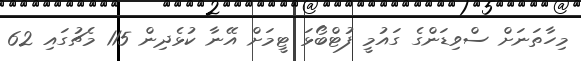
މިހާތަނަށް ސްވިޑަންގެ ގައުމީ ފުޓްބޯޅަ ޓީމަށް އޭނާ ކުޅެދިން 115 މެޗުގައި 62